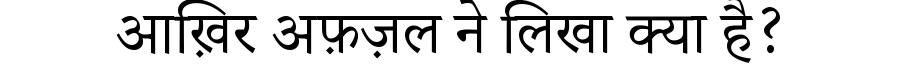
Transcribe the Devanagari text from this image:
आख़िर अफ़ज़ल ने लिखा क्या है?